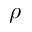
\rho